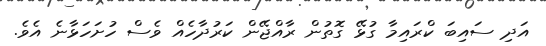
އަދި ސައިބަ ކްރައިމާ ގުޅޭ ގޮތުން ރާއްޖޭން ކަރުދާހެއް ވެސް ހުށަހަޅާނެ އެވެ.